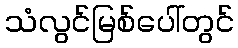
သံလွင်မြစ်ပေါ်တွင်